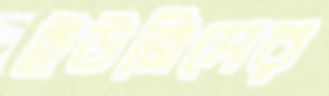
ইউনিসের